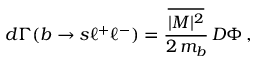
d \Gamma ( b \to s \ell ^ { + } \ell ^ { - } ) = \frac { \overline { { { | M | ^ { 2 } } } } } { 2 \, m _ { b } } \, D \Phi \, ,